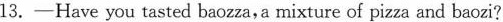
13. -Have you tasted baozza,a mixture of pizza and baozi?